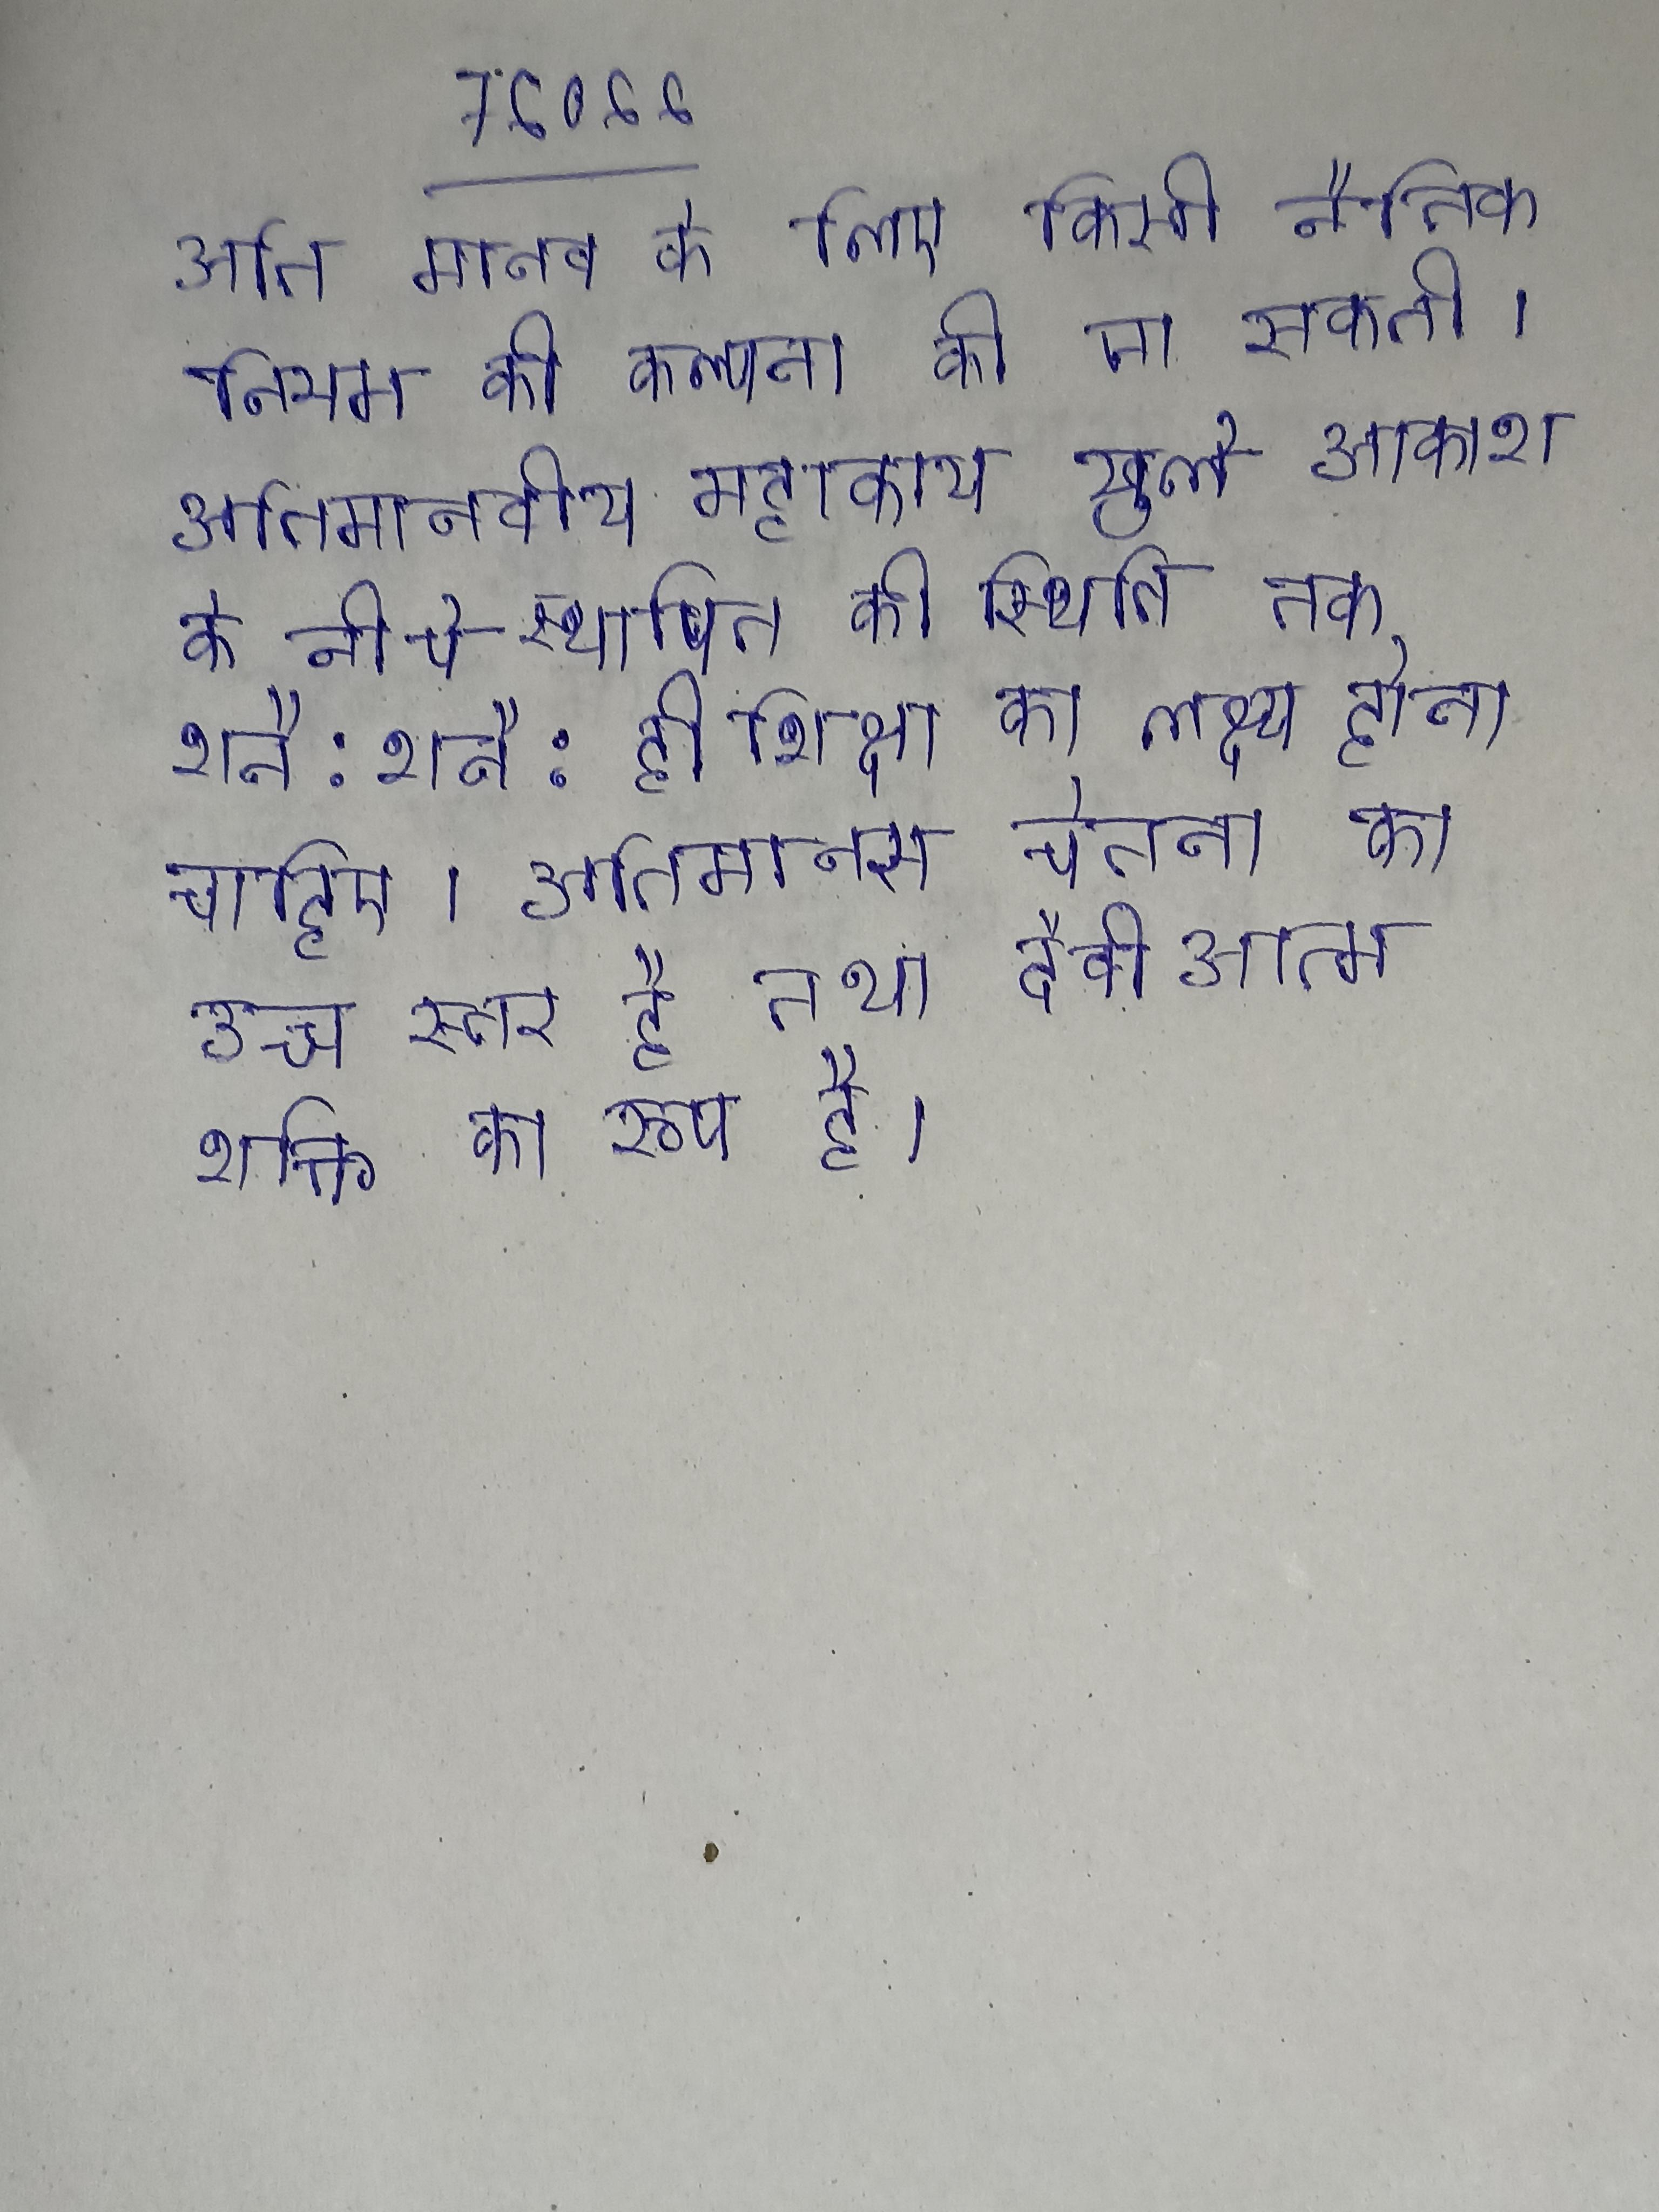
अति मानव के लिए किसी नैतिक नियम की कल्पना की जा सकती । अतिमानवीय महाकाय खुले आकाश के नीचे स्थापित की जाती । अतिमानस की स्थिति तक शनै: शनै: ही शिक्षा का लक्ष्य होना चाहिए । अतिमानस चेतना का उच्च स्तर है तथा दैवी आत्म शक्ति का रूप है ।